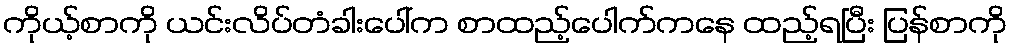
ကိုယ့်စာကို ယင်းလိပ်တံခါးပေါ်က စာထည့်ပေါက်ကနေ ထည့်ရပြီး ပြန်စာကို